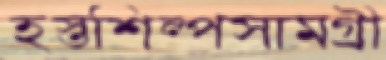
হস্তশিল্পসামগ্রী